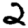
Digit: 2